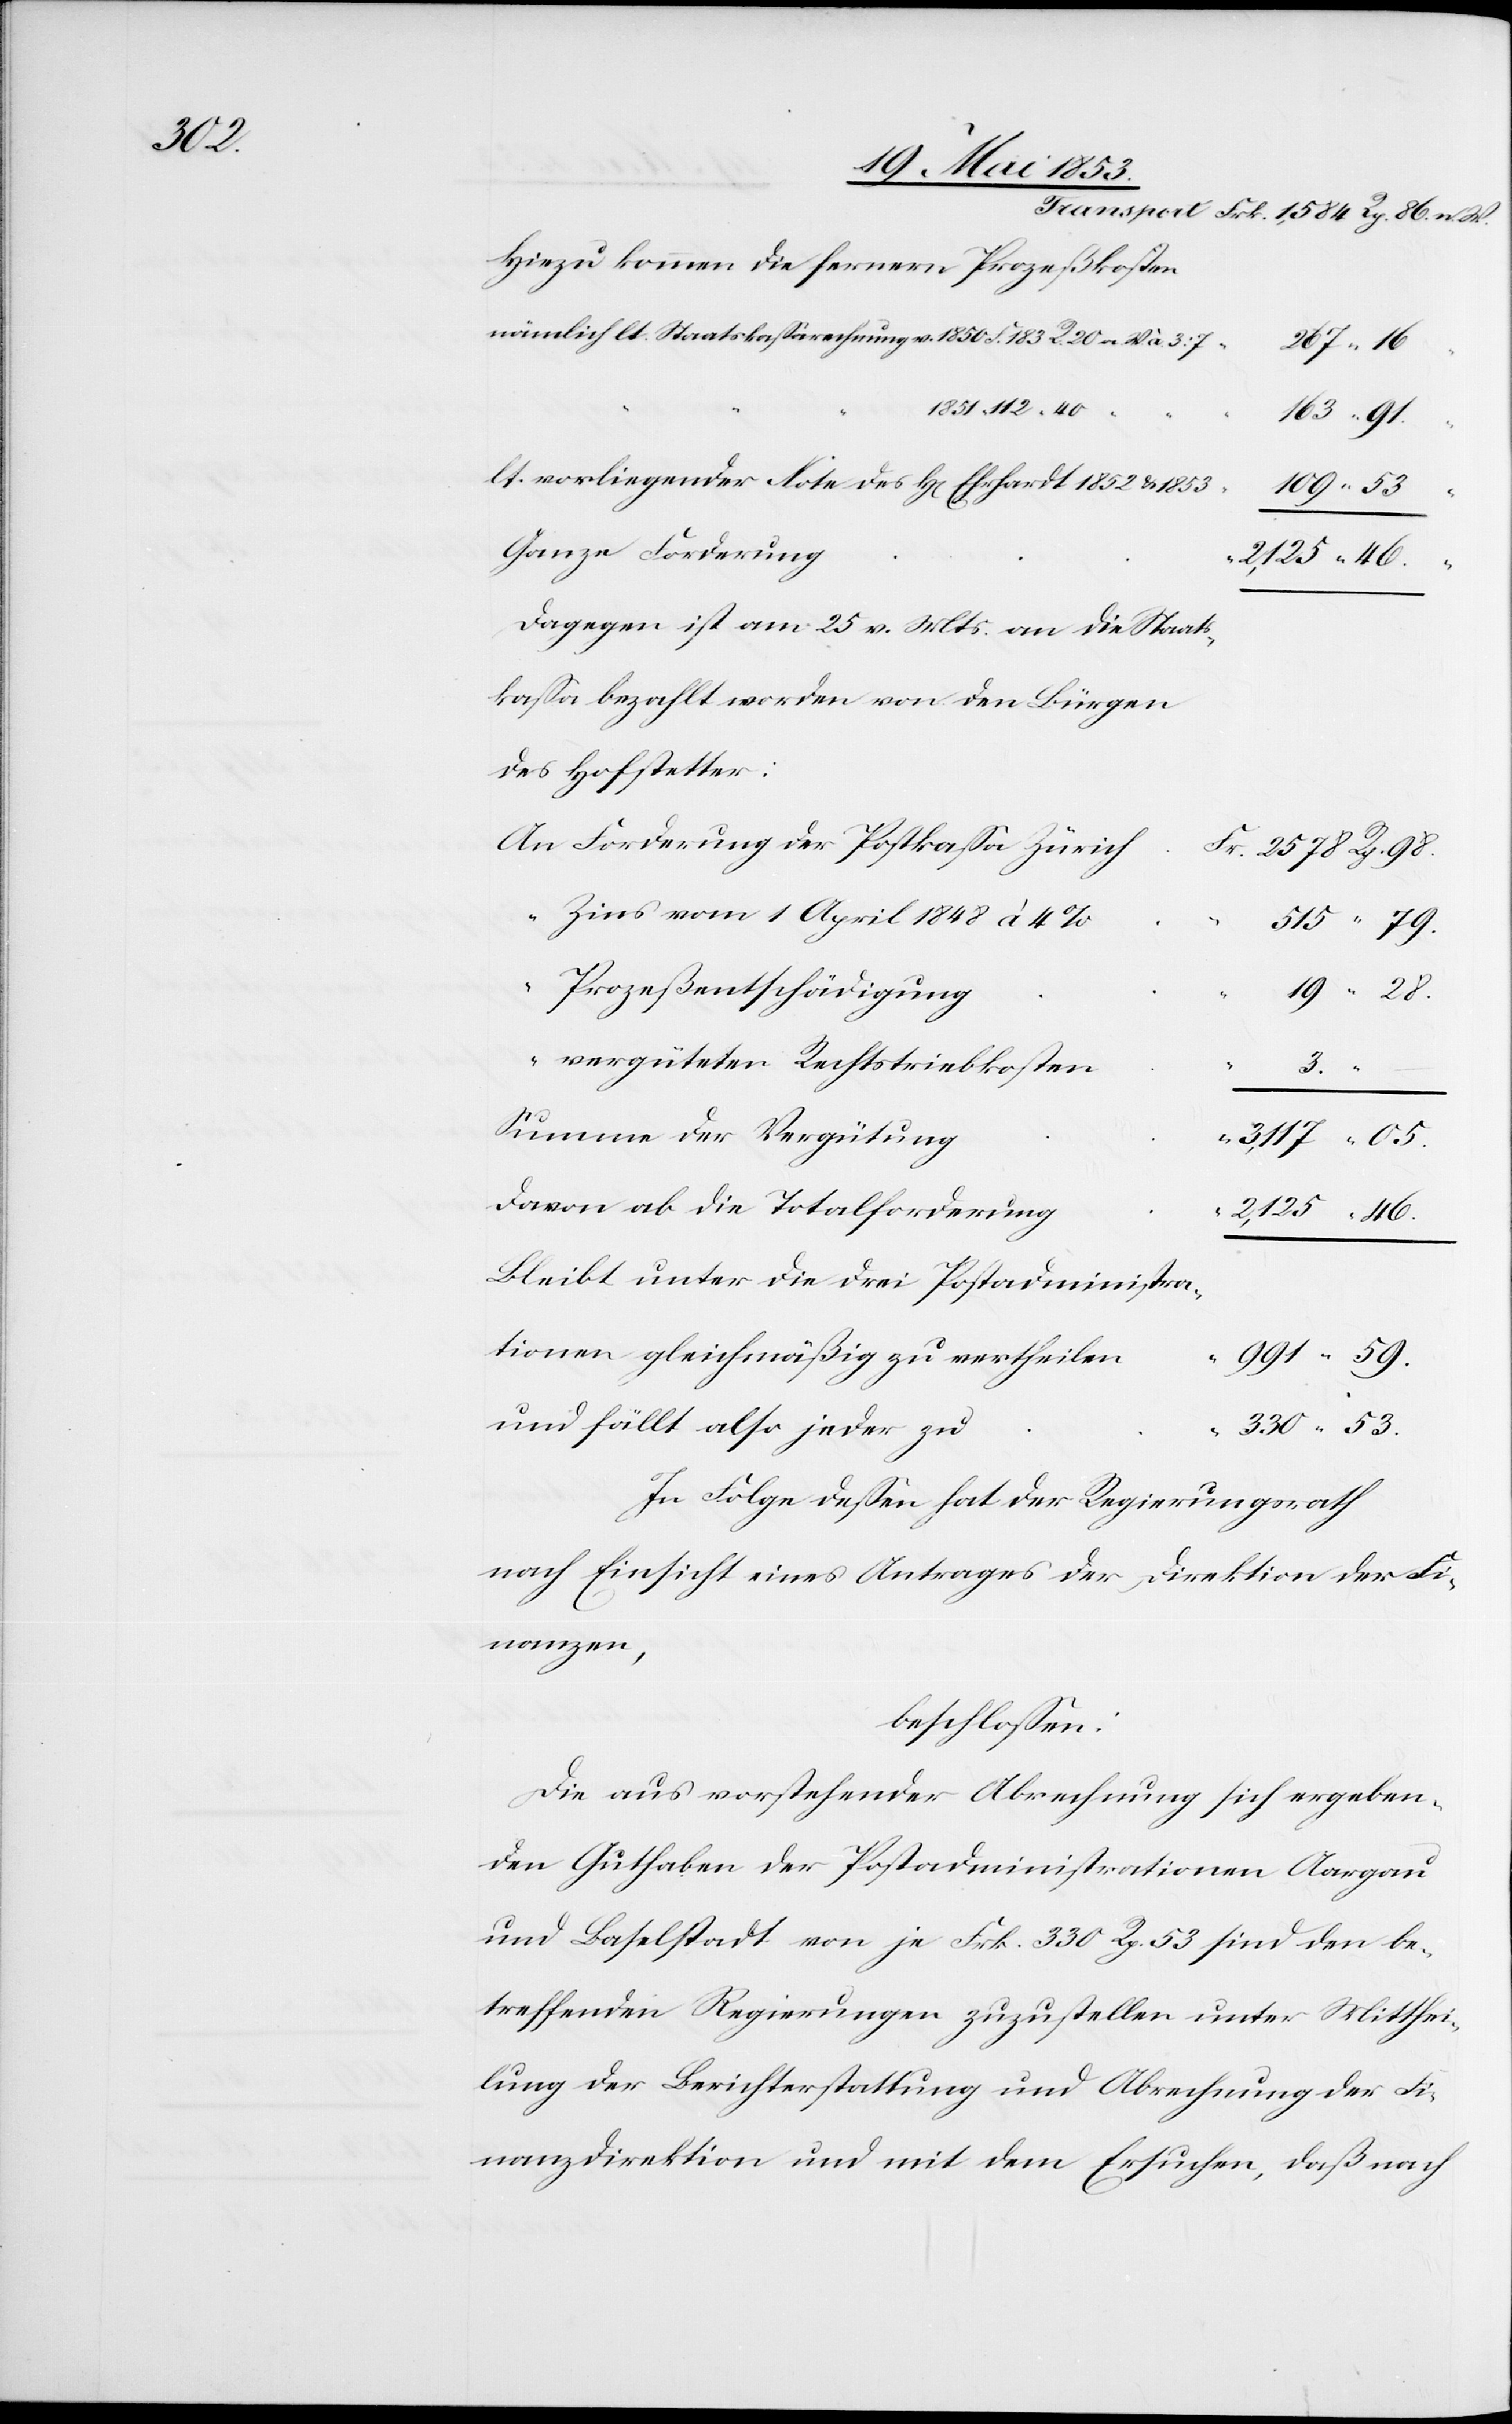
tionen

Hiezu kommen die fernern Prozeßkosten
109.
lt. vorliegender Note des H[errn] Ehrhardt 1852 u. 1853	“
Dagegen ist am 25 v. Mts. an die Staats¬
des Hofstetter:
An Forderung der Postkaßa Züric¬
r.	2578 Rp. 98.
“	Zins vom 1 April 1848 à 4
515. “	 79.
19. “	 28.
“	vergüteten Rechtstriebskoste¬
3.
Summe
Bleibt unter die drei Postadministra¬
991. “	59.
und fällt also jeder
330. “	53.
In Folge deßen hat der Regierungsrath
nach Einsicht eines Antrages der Direktion der Fi¬
nanzen,
beschloßen:
Die aus vorstehender Abrechnung sich ergeben¬
den Guthaben der Postadministrationen Aargau
und Baselstadt von je Frk. 330 Rp. 53 sind den be¬
treffenden Regierungen zuzustellen unter Mitthei¬
lung der Berichterstattung und Abrechnung der Fi¬
nanzdirektion und mit dem Ersuchen, daß nach